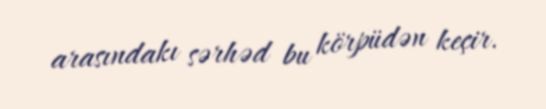
arasındakı sərhəd bu körpüdən keçir.